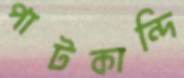
পাটকান্দি